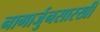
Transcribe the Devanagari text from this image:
नागार्जुनसारखी